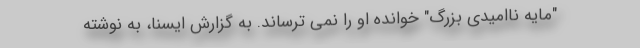
"مایه ناامیدی بزرگ" خوانده او را نمی ترساند. به گزارش ایسنا، به نوشته